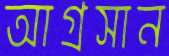
আগ্রসান